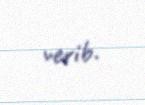
verib.